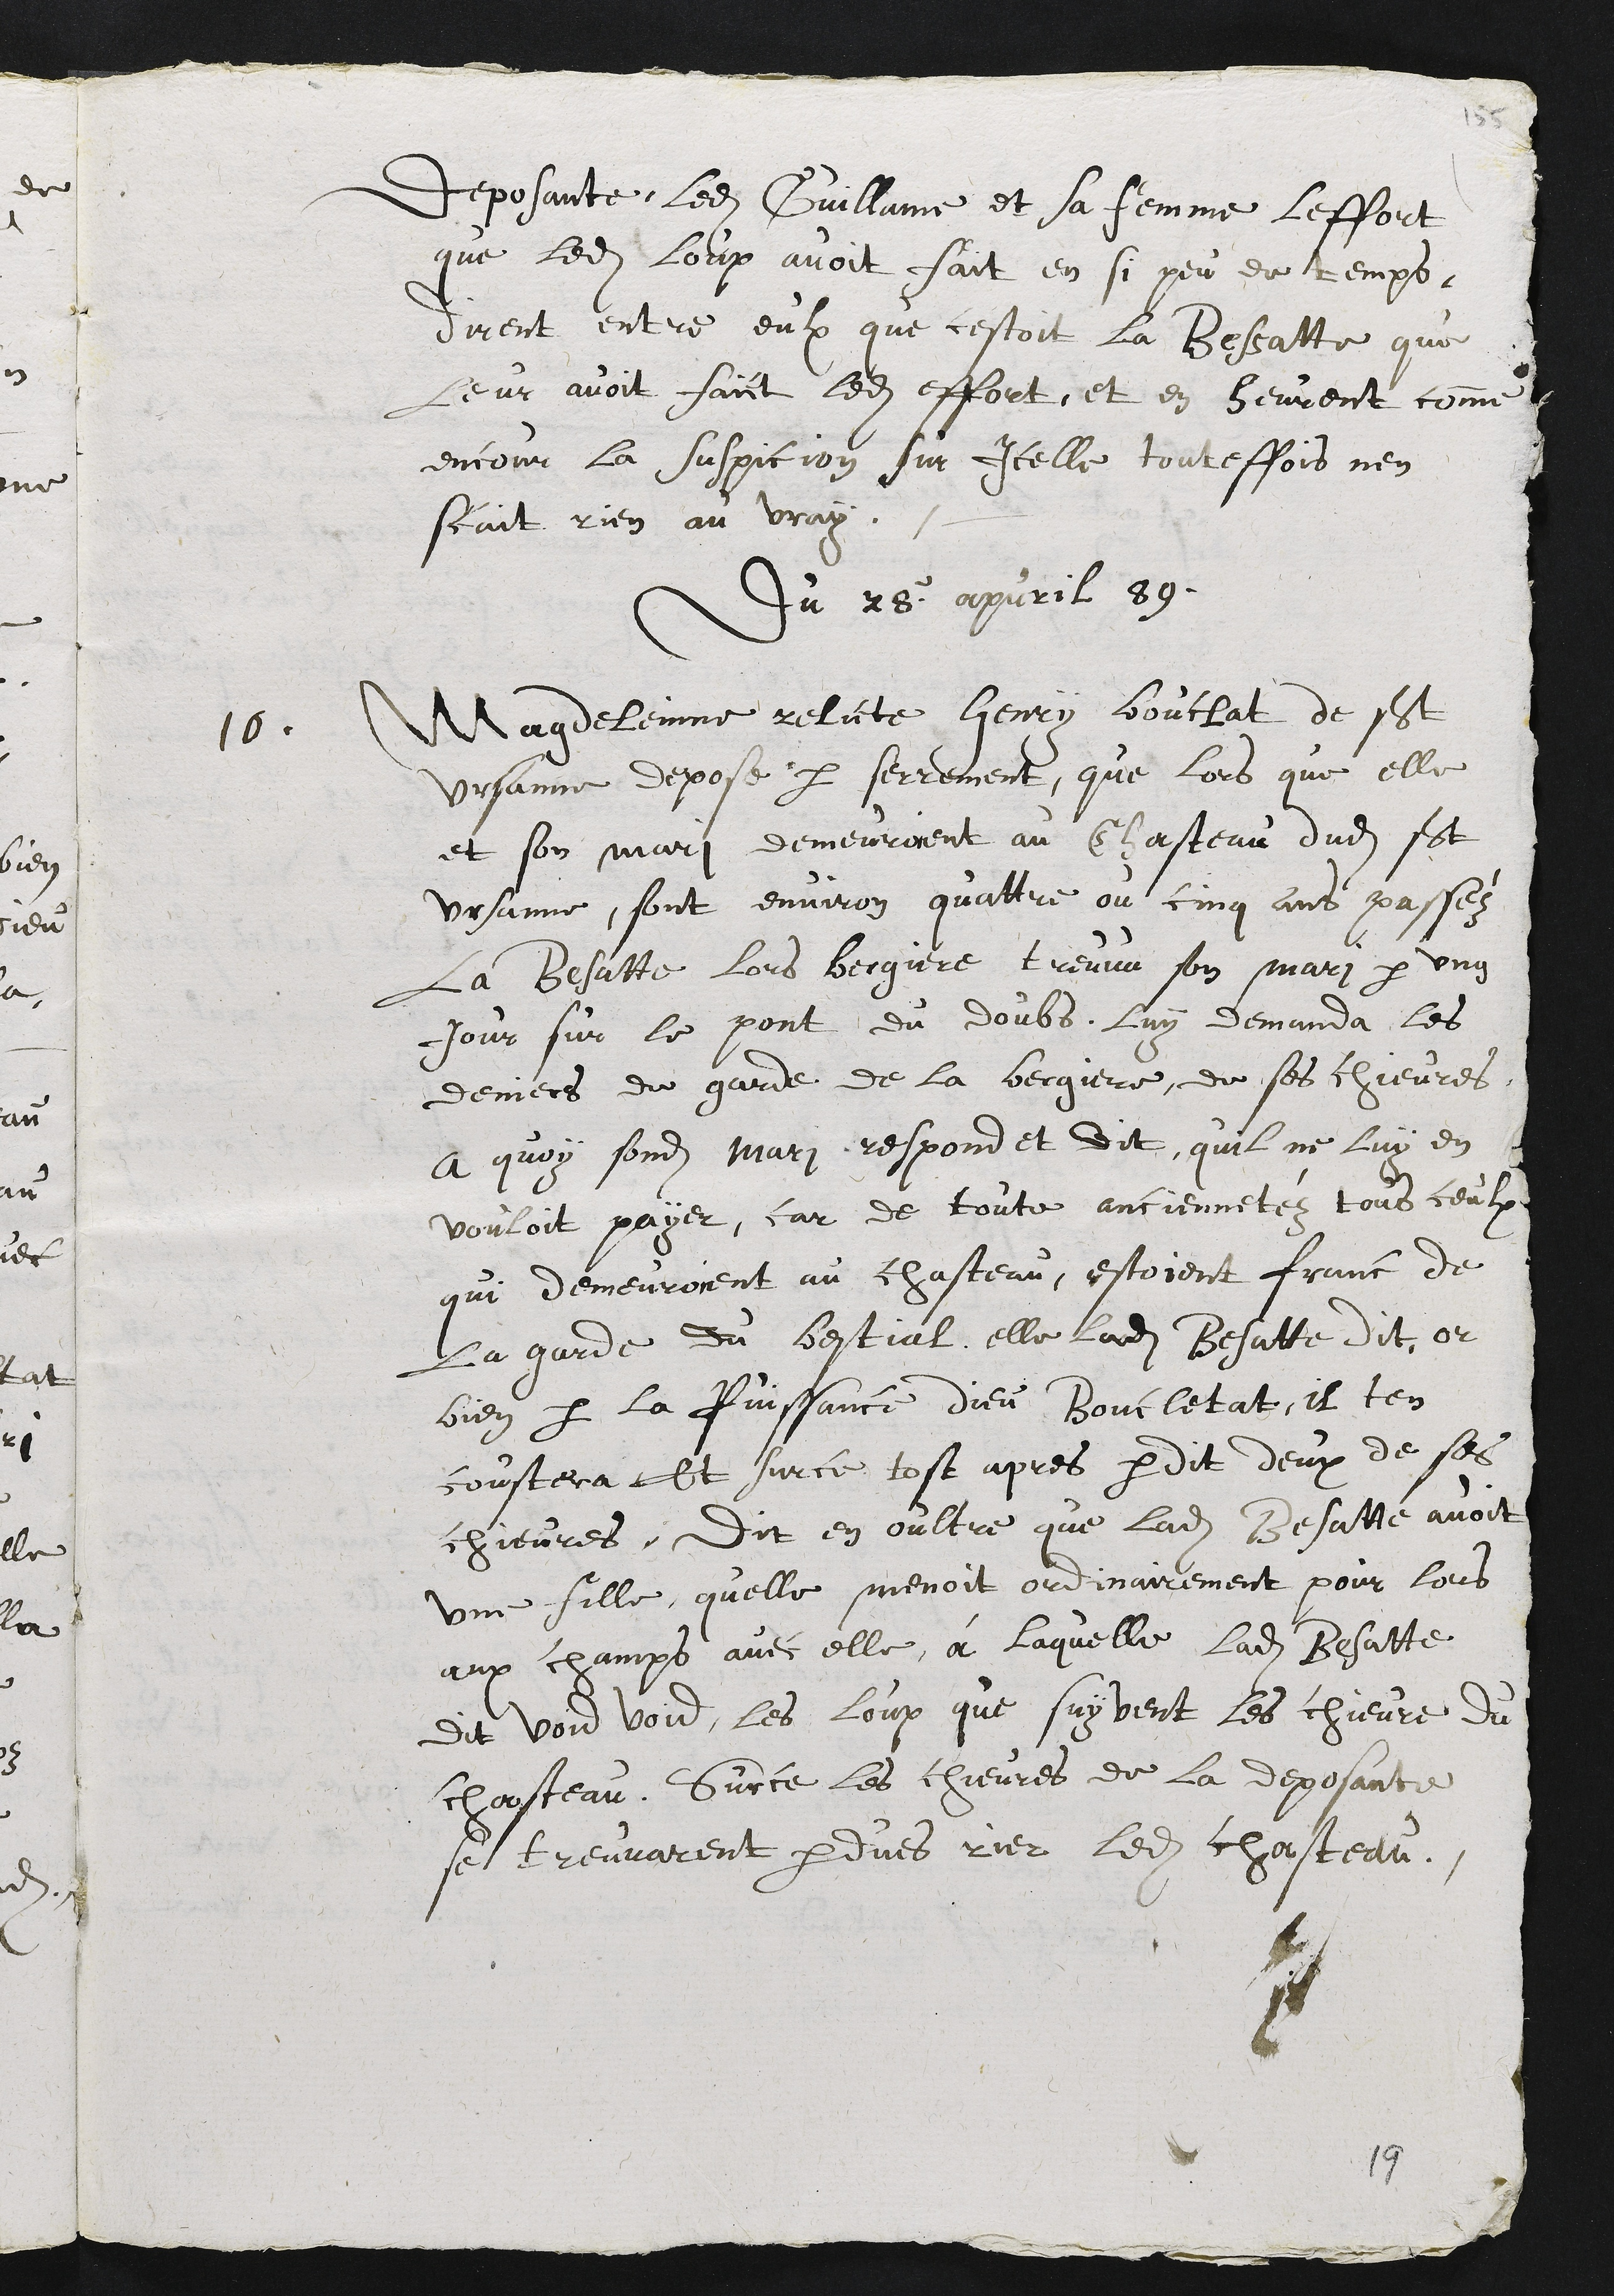
déposante, ledit Guillaume et sa femme, l'effort
que ledit loup avait fait en si peu de temps,
dirent entre eux que c'était la Bessatte qui
leur avait fait ledit effort, et en eurent comme
encore la suspicion sur icelle. Toutefois, n'en
sait rien au vrai.
Du 28. apvril 89.
 10. Madeleine, relicte d'Henri Bouchat, de St.-
Ursanne, déposB par serment que lorsque'elle
et son mari demeuraiBnt au château dudit St.-
Ursanne, sont environ quatre ou cinq ans passés,
la Bessatte, lors bergère, trouva son mari par un
jour sur le pont du Doubs, lui demanda les
deniers du garde de la bergère, de ses chèvres.
A quai sondit mari répond et dit qu'il ne lui en
voulait payer car, de toute ancienneté, tous ceux
qui demeuraient au château étaient francs de
la garde du bétail. Elle, ladite Bessatte, dit : "Dr
bien, par la puissance Dieu, Boucle-tat, il t'en
coûtera". Et sur ce, tôt après perdit deux de ses
chèvres. Dit en outre que ladite Bessatte avait
une fille qu'elle menait ordinairement pour lors
aux champs avec elle, à laquelle ladite Bessa-t-fce avait
dit : "Vois, vois, les loups qui suivent les chèvres du
château". Sur ce, les chèvres de la déposante
se trouvèrent perdues derrière ledit château.